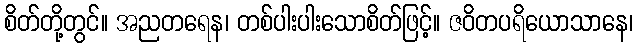
စိတ်တို့တွင်။ အညတရေန၊ တစ်ပါးပါးသောစိတ်ဖြင့်။ ဇဝိတပရိယောသာနေ၊